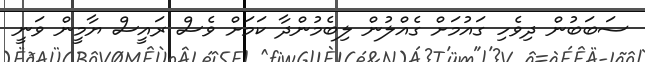
ސަބަބުން ދިވެހި ގައުމަށް ގެއްލުން ލިބެމުންދާ ކަމަށް ވެސް ރައީސް ޔާމީން ވަނީ